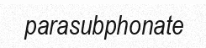
parasubphonate